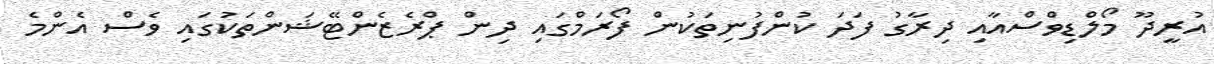
އުރީދޫ މޯލްޑިވްސްއާއި ދިރާގު ފަދަ ކުންފުނިތަކުން ފޯރަމްގައި ދިން ޕްރެޒެންޓޭޝަންތަކުގައި ވެސް އެންމެ